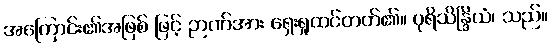
အကြောင်း၏အဖြစ် ဖြင့် ဉာဏ်အား ရှေးရှုထင်တတ်၏။ ပုရိသိန္ဒြိယံ၊ သည်။